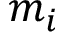
m _ { i }